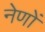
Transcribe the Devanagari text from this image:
नेणों